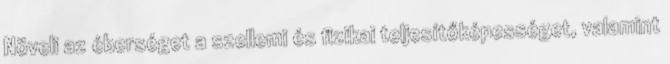
Növeli az éberséget a szellemi és fizikai teljesítőképességet, valamint